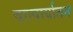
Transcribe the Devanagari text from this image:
वान्पार्यातन